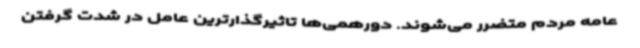
عامه مردم متضرر می‌شوند. دورهمی‌ها تاثیرگذارترین عامل در شدت گرفتن